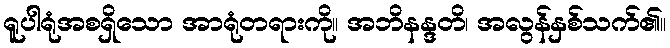
ရူပါရုံအစရှိသော အာရုံတရားကို။ အဘိနန္ဒတိ၊ အလွန်နှစ်သက်၏။